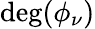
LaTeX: \deg(\phi_{\nu})